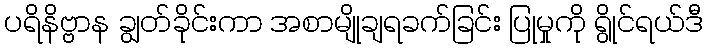
ပရိနိဗ္ဗာန ချွတ်ခိုင်းကာ အစာမျိုချရခက်ခြင်း ပြုမှုကို ရွိုင်ရယ်ဒီ